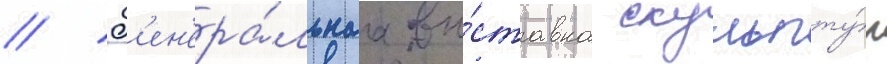
// Г'ен'ера́льнаа вы́ставка скульпту́р